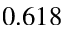
0 . 6 1 8